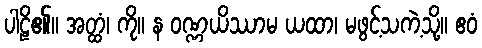
ပါဠိ၏။ အတ္ထံ၊ ကို။ န ဝဏ္ဏယိဿာမ ယထာ၊ မဖွင့်သကဲ့သို့။ ဧဝံ